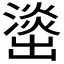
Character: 𰝘